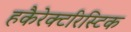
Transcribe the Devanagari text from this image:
हकैरेक्टरिस्टिक